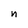
Character: n